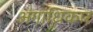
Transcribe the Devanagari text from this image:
अंगाधिकार